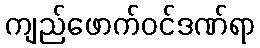
ကျည်ဖောက်ဝင်ဒဏ်ရာ